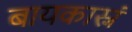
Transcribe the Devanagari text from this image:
बायकास्नं